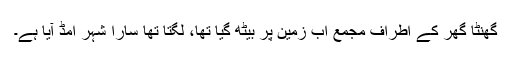
گھنٹا گھر کے اطراف مجمع اب زمین پر بیٹھ گیا تھا، لگتا تھا سارا شہر امڈ آیا ہے۔